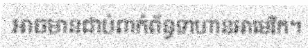
អាចមានជាប់ពាក់ព័ន្ធទាហានអាមេរិក។